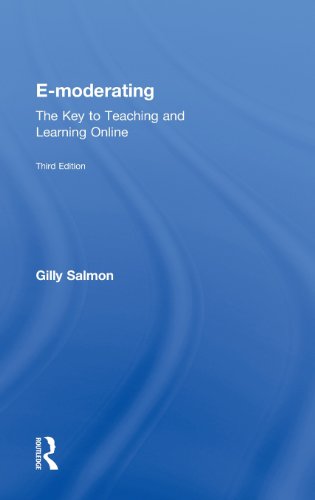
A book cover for E-Moderating: The Key to Online Teaching and Learning; Gilly Salmon; Computers & Technology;